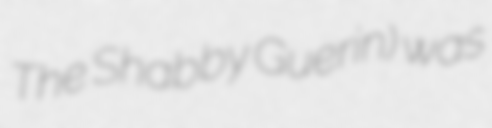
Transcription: The Shabby Guerin) was